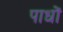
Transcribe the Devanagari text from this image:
पाधों